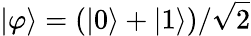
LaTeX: |\varphi\rangle=(|0\rangle+|1\rangle)/{\sqrt{2}}